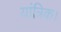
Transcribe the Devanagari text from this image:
यांत्रिक।